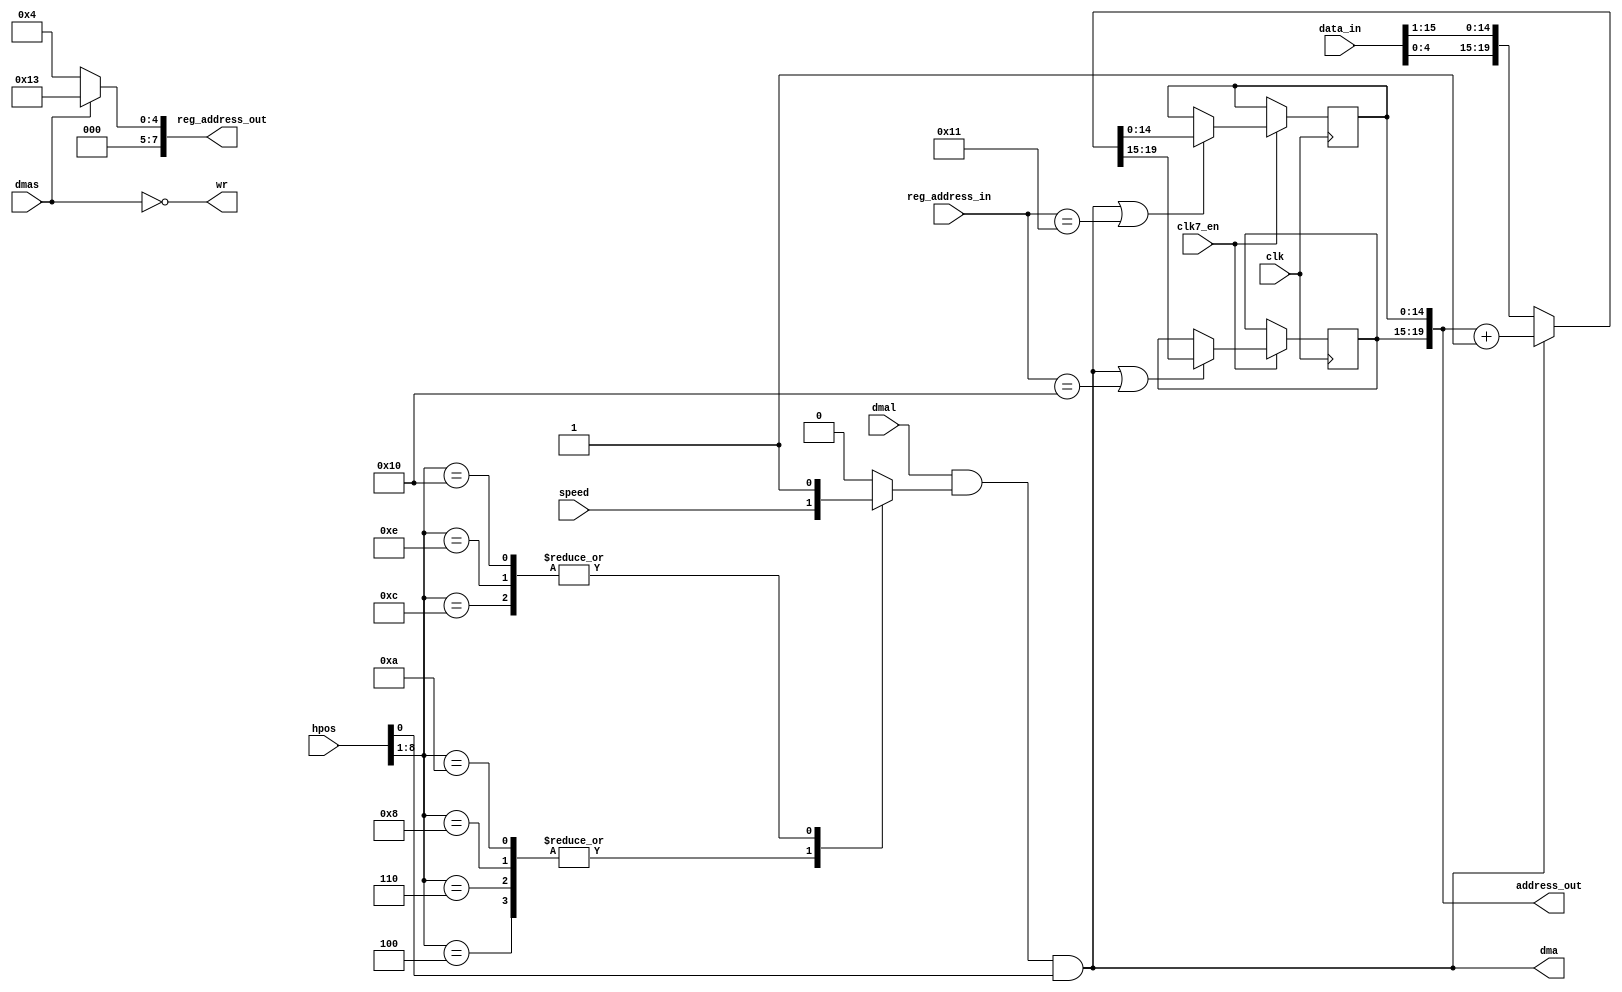
//disk dma engine
//DMA cycle allocation is as specified in the HRM
//optionally 4 refresh slots are used for higher transfer speed

module agnus_diskdma
(
	input 	clk,		    		//bus clock
  input clk7_en,
	output	dma,					//true if disk dma engine uses it's cycle
	input	dmal,					//Paula requests dma
	input	dmas,					//Paula special dma
	input	speed,
	input	[8:0] hpos,				//horizontal beam counter (advanced by 4 CCKs)
	output	wr,						//write (disk dma writes to memory)
	input 	[8:1] reg_address_in,	//register address inputs
	output 	[8:1] reg_address_out,	//register address outputs
	input	[15:0] data_in,			//bus data in
	output	reg [20:1] address_out	//chip address out current disk dma pointer
);
//register names and adresses
parameter DSKPTH  = 9'h020;
parameter DSKPTL  = 9'h022;
parameter DSKDAT  = 9'h026;
parameter DSKDATR = 9'h008;

//local signals
wire	[20:1] address_outnew;	//new disk dma pointer
reg		dmaslot;				//indicates if the current slot can be used to transfer data

//--------------------------------------------------------------------------------------

//dma cycle allocation
//nominally disk DMA uses 3 slots: 08, 0A and 0C
//refresh slots: 00, 02, 04 and 06 are used for higher transfer speed
//hint: Agnus hpos counter is advanced by 4 CCK cycles
always @(*)
	case (hpos[8:1])
		8'h04:	 dmaslot = speed;
		8'h06:	 dmaslot = speed;
		8'h08:	 dmaslot = speed;
		8'h0A:	 dmaslot = speed;
		8'h0C:	 dmaslot = 1;
		8'h0E:	 dmaslot = 1;
		8'h10:	 dmaslot = 1;
		default: dmaslot = 0;
	endcase

//dma request
assign dma = dmal & dmaslot & hpos[0];
//write signal
assign wr = ~dmas;

//--------------------------------------------------------------------------------------

//address_out input multiplexer and ALU
assign address_outnew[20:1] = dma ? address_out[20:1]+1'b1 : {data_in[4:0],data_in[15:1]};

//disk pointer control
always @(posedge clk)
  if (clk7_en) begin
  	if (dma || (reg_address_in[8:1] == DSKPTH[8:1]))
  		address_out[20:16] <= address_outnew[20:16];//high 5 bits
  end

always @(posedge clk)
  if (clk7_en) begin
  	if (dma || (reg_address_in[8:1] == DSKPTL[8:1]))
  		address_out[15:1] <= address_outnew[15:1];//low 15 bits
  end

//--------------------------------------------------------------------------------------

//register address output
assign reg_address_out[8:1] = wr ? DSKDATR[8:1] : DSKDAT[8:1];

//--------------------------------------------------------------------------------------


endmodule